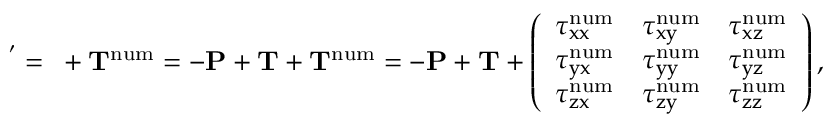
\bf \Pi ^ { ' } = \bf \Pi + \bf T ^ { \mathrm { n u m } } = - \bf P + \bf T + \bf T ^ { \mathrm { n u m } } = - \bf P + \bf T + \left( \begin{array} { l c r } { \tau _ { x x } ^ { \mathrm { n u m } } } & { \tau _ { x y } ^ { \mathrm { n u m } } } & { \tau _ { x z } ^ { \mathrm { n u m } } } \\ { \tau _ { y x } ^ { \mathrm { n u m } } } & { \tau _ { y y } ^ { \mathrm { n u m } } } & { \tau _ { y z } ^ { \mathrm { n u m } } } \\ { \tau _ { z x } ^ { \mathrm { n u m } } } & { \tau _ { z y } ^ { \mathrm { n u m } } } & { \tau _ { z z } ^ { \mathrm { n u m } } } \end{array} \right) ,